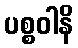
ပစ္စဝါနိ